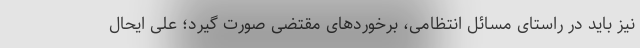
نیز باید در راستای مسائل انتظامی، برخوردهای مقتضی صورت گیرد؛ علی ایحال